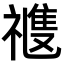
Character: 𥛭